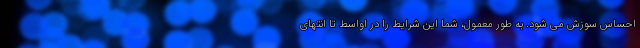
احساس سوزش می شود. به طور معمول، شما این شرایط را در اواسط تا انتهای